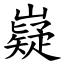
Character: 嶷